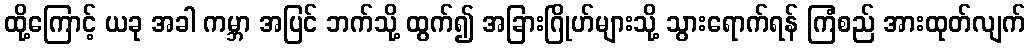
ထို့ကြောင့် ယခု အခါ ကမ္ဘာ အပြင် ဘက်သို့ ထွက်၍ အခြားဂြိုဟ်များသို့ သွားရောက်ရန် ကြံစည် အားထုတ်လျက်